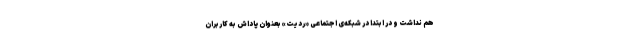
هم نداشت و در ابتدا در شبکه‌ی اجتماعی «ردیت» بعنوان پاداش به کاربران